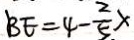
B E = 4 - \frac { 2 } { 5 } x